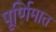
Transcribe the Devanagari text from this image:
पूर्णिमात